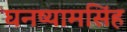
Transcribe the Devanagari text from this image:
घनष्यामसिंह